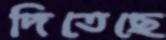
দিতেছে